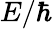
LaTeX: E/\hbar